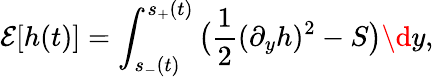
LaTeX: \mathcal E[h(t)]=\int_{s_{-}(t)}^{s_{+}(t)}\big(\frac 12(\partial_{y}h)^{2}-S\big)\d y,